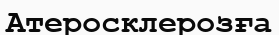
Атеросклерозға